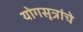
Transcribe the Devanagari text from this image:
योगसूत्रांचे